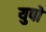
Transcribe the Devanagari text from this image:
युपो